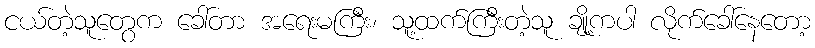
ငယ်တဲ့သူတွေက ခေါ်တာ အရေးမကြီး၊ သူ့ထက်ကြီးတဲ့သူ ချို့ကပါ လိုက်ခေါ်နေတော့